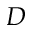
D